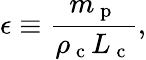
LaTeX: \epsilon\equiv\frac{m_{\mathrm{~p~}}}{\rho_{\mathrm{~c~}}L_{\mathrm{~c~}}},